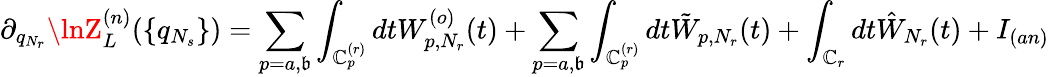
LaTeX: \partial_{q_{N_{r}}}\lnZ_{L}^{(n)}(\{ q_{N_{s}}\} )=\sum_{p=a,\mathfrak{b}}\int_{\mathbb{C}_{p}^{(r)}}dtW_{p,N_{r}}^{(o)}(t)+\sum_{p=a,\mathfrak{b}}\int_{\mathbb{C}_{p}^{(r)}}dt\tilde{{W}}_{p,N_{r}}(t)+\int_{\mathbb{C}_{r}}dt\hat{{W}}_{N_{r}}(t)+I_{(an)}